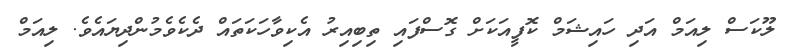
ލޫކަސް ލިއަމް އަދި ހައިޝަމް ކޮފީއަކަށް ގޮސްފައި ތިބިއިރު އެކިވާހަކަތައް ދެކެވެމުންދިޔައެވެ. ލިއަމް